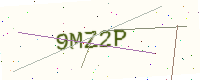
Text: 9MZ2P